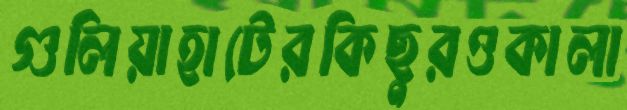
গুলিয়াহাটেরকিছুরওকালা